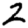
Digit: 2